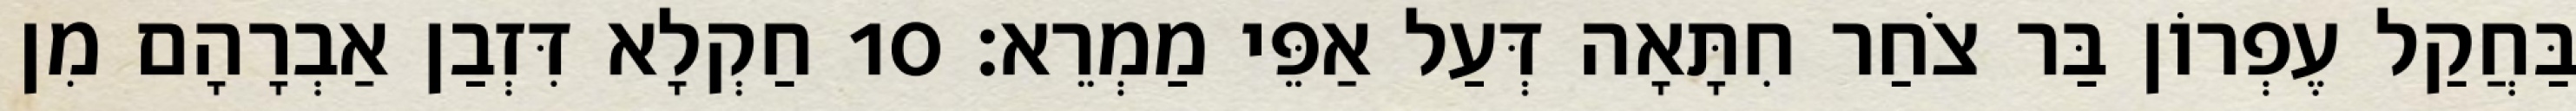
בַּחֲקַל עֶפְרוֹן בַּר צֹחַר חִתָּאָה דְּעַל אַפֵּי מַמְרֵא׃ 10 חַקְלָא דִּזְבַן אַבְרָהָם מִן